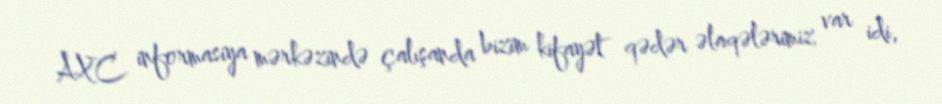
AXC informasiya mərkəzində çalışanda bizim kifayət qədər əlaqələrimiz var idi,